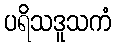
ပရိသဒူသကံ